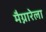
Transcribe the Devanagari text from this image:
मैग्नारेला